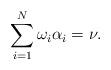
LaTeX: \begin{align*}\sum_{i=1}^N \omega_i\alpha_i = \nu. \end{align*}